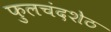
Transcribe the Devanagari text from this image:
फुलचंदशेठ